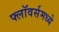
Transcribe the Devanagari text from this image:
फ्लॉवर्समध्ये